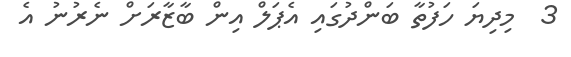
3  މިދިޔަ ހަފުތާ ބަންދުގައި އެޕަލް އިން ބާޒާރަށް ނެރުނު އެ